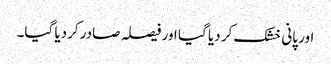
اور پانی خشک کر دیا گیا اور فیصلہ صادر کردیا گیا۔